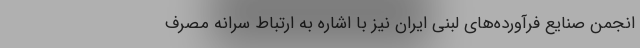
انجمن صنایع فرآورده‌های لبنی ایران نیز با اشاره به ارتباط سرانه مصرف